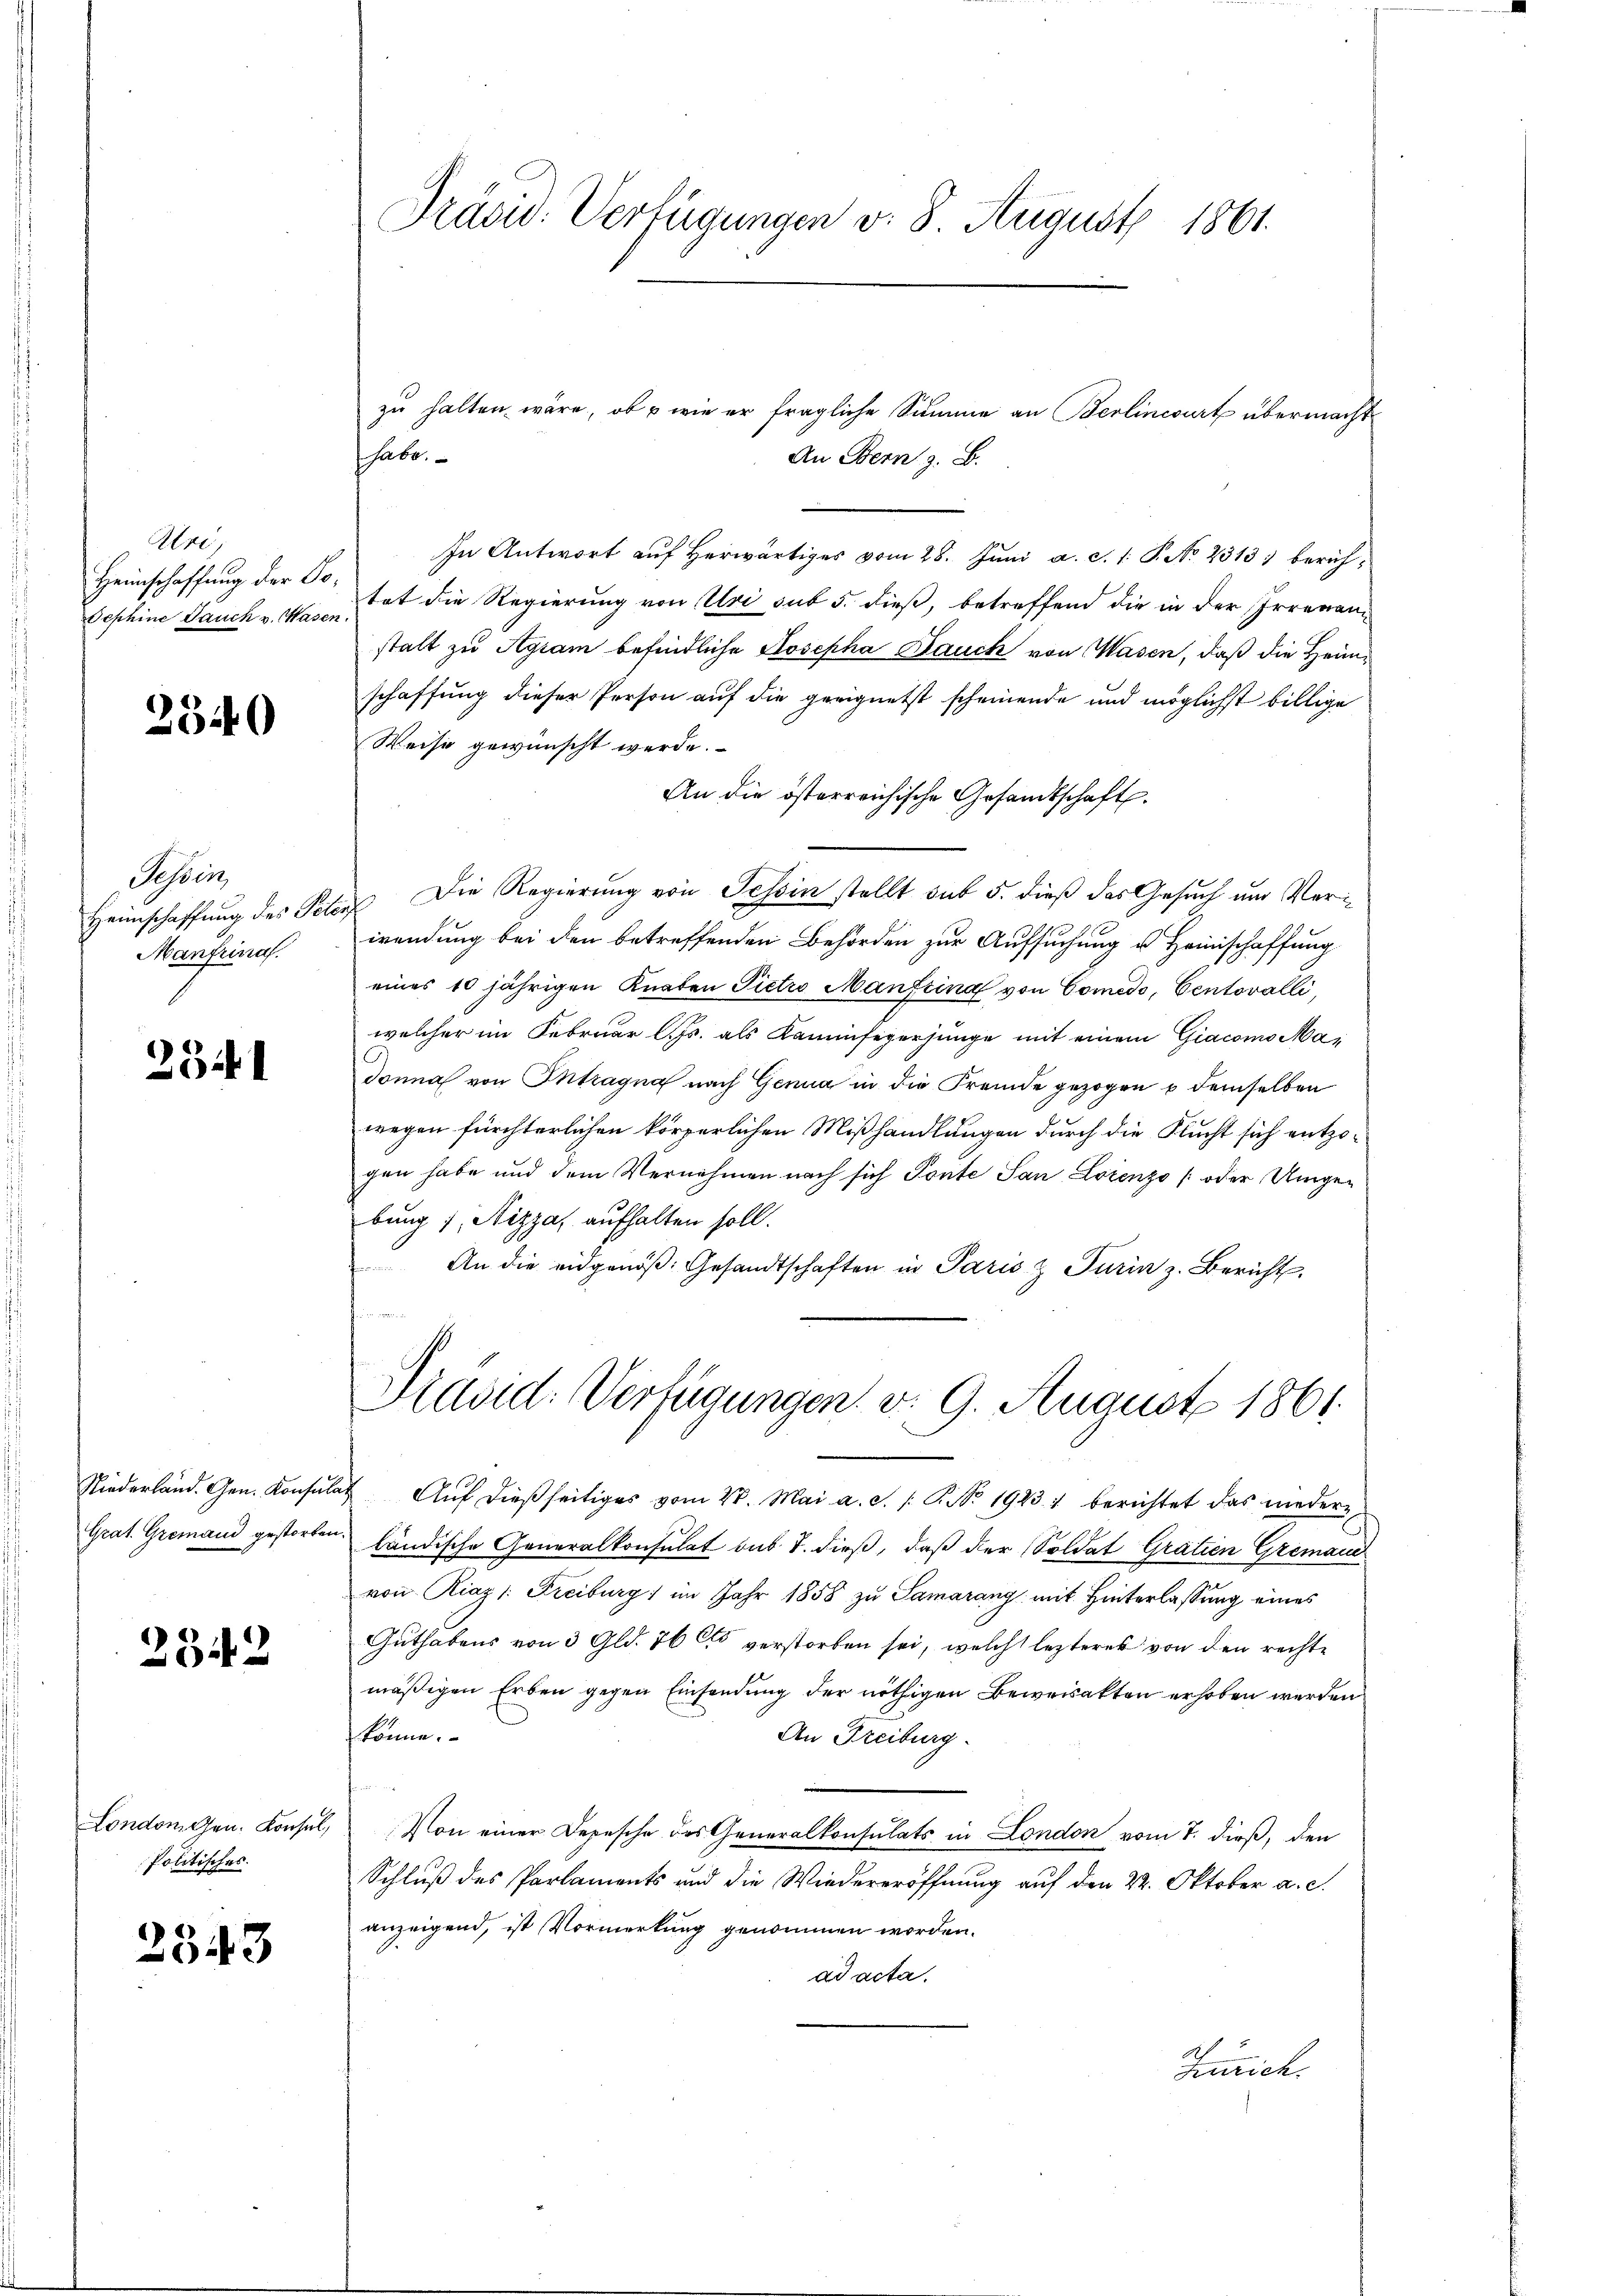
Uri,
Heimschaffung der To¬
Oephine Dauch v. Hasen

2340

Sessen
Heimschaffung des Per¬
Manfrina.

231

Niederland. Gen. Konsul
Grat. Gremand gestorben

2342

London gen. Konsul,
Politisches.

2543

Präsid. Verfügungen v. 8 August 1861.

zu halten wäre, ob u wie er fragliche Summe an Berlincourt übermacht
An Bern z. B.
In Antwort auf Herwärtiges vom 28. Juni a. S. 1. P. No 2313) berichtat die Regierung von Uri sub 5. dieß, betreffend die in der Irrenanstalt zu Agram befindliche Josepha Bauch von Wasen, daß die Heimschaffung dieser Person auf die geeignetst scheinende und möglichst billige
Weise gewünscht werde.
An die österreichische Gesandtschaft.
Die Regierung von Tessin stellt sub 5. dieß das Gesuch um Verf
wendung bei den betreffenden Behörden zur Aufsuchung u Heimschaffung
eines 10 jährigen Knaben Pietro Manfeina von Comedo, Centovalli,
welcher im Februar l. Js. als Kaminfegerjunge mit einem Giacomo Madonna von Intragna nach Genua in die Fremde gezogen u demselben
wegen fürchterlichen körperlichen Mißhandlungen durch die Flucht sich entzogen habe und dem Vernehmen nach sich Ponte San Lorenzo [oder Umge-
bung), Nizza aufhalten soll.
An die eidgenöβ: Gesandtschaften in Paris & Turin z. Bericht
Stand: Verfügungen. v. 9. August 1861.
24 Auf dießseitiges vom 28. Mai a. c. s. S. No 1923 1 berichtet das wiedere
ländische Generalkonsulat sub T. dieß, daß der Soldat Gratien Greman
von Riaz /: Freiburg im Jahr 1858 zu Samarang mit Hinterlassung eines
Guthabens von 3 Gld. 76 Cto verstorben sei, welche lezteres von den rechte
mäßigen Erben gegen Einsendung der nöthigen Beweisakten erhoben werden
könne.
An Freiburg.
Von einer Depesche des Generalkonsulats in London vom 7. dieß, den
Schluß des Parlaments und die Wiedereröffnung auf den 22. Oktober a. c.
anzeigend, ist Vormerkung genommen worden.
ad acta.
Zürich.

habe.